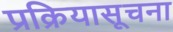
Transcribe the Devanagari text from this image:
प्रक्रियासूचना